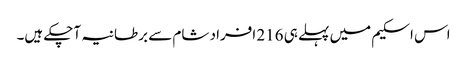
اس اسکیم میں پہلے ہی 216 افراد شام سے برطانیہ آچکے ہیں۔